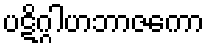
ပဋိဂ္ဂါဟဘာဇကော